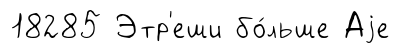
18285 Этр'еши бо́льше Аjе